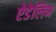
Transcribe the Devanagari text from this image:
ऐडेलिन